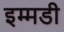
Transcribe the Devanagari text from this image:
इम्मडी